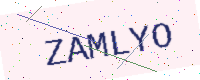
Text: ZAMLYO